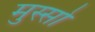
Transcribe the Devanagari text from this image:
मुस्सो